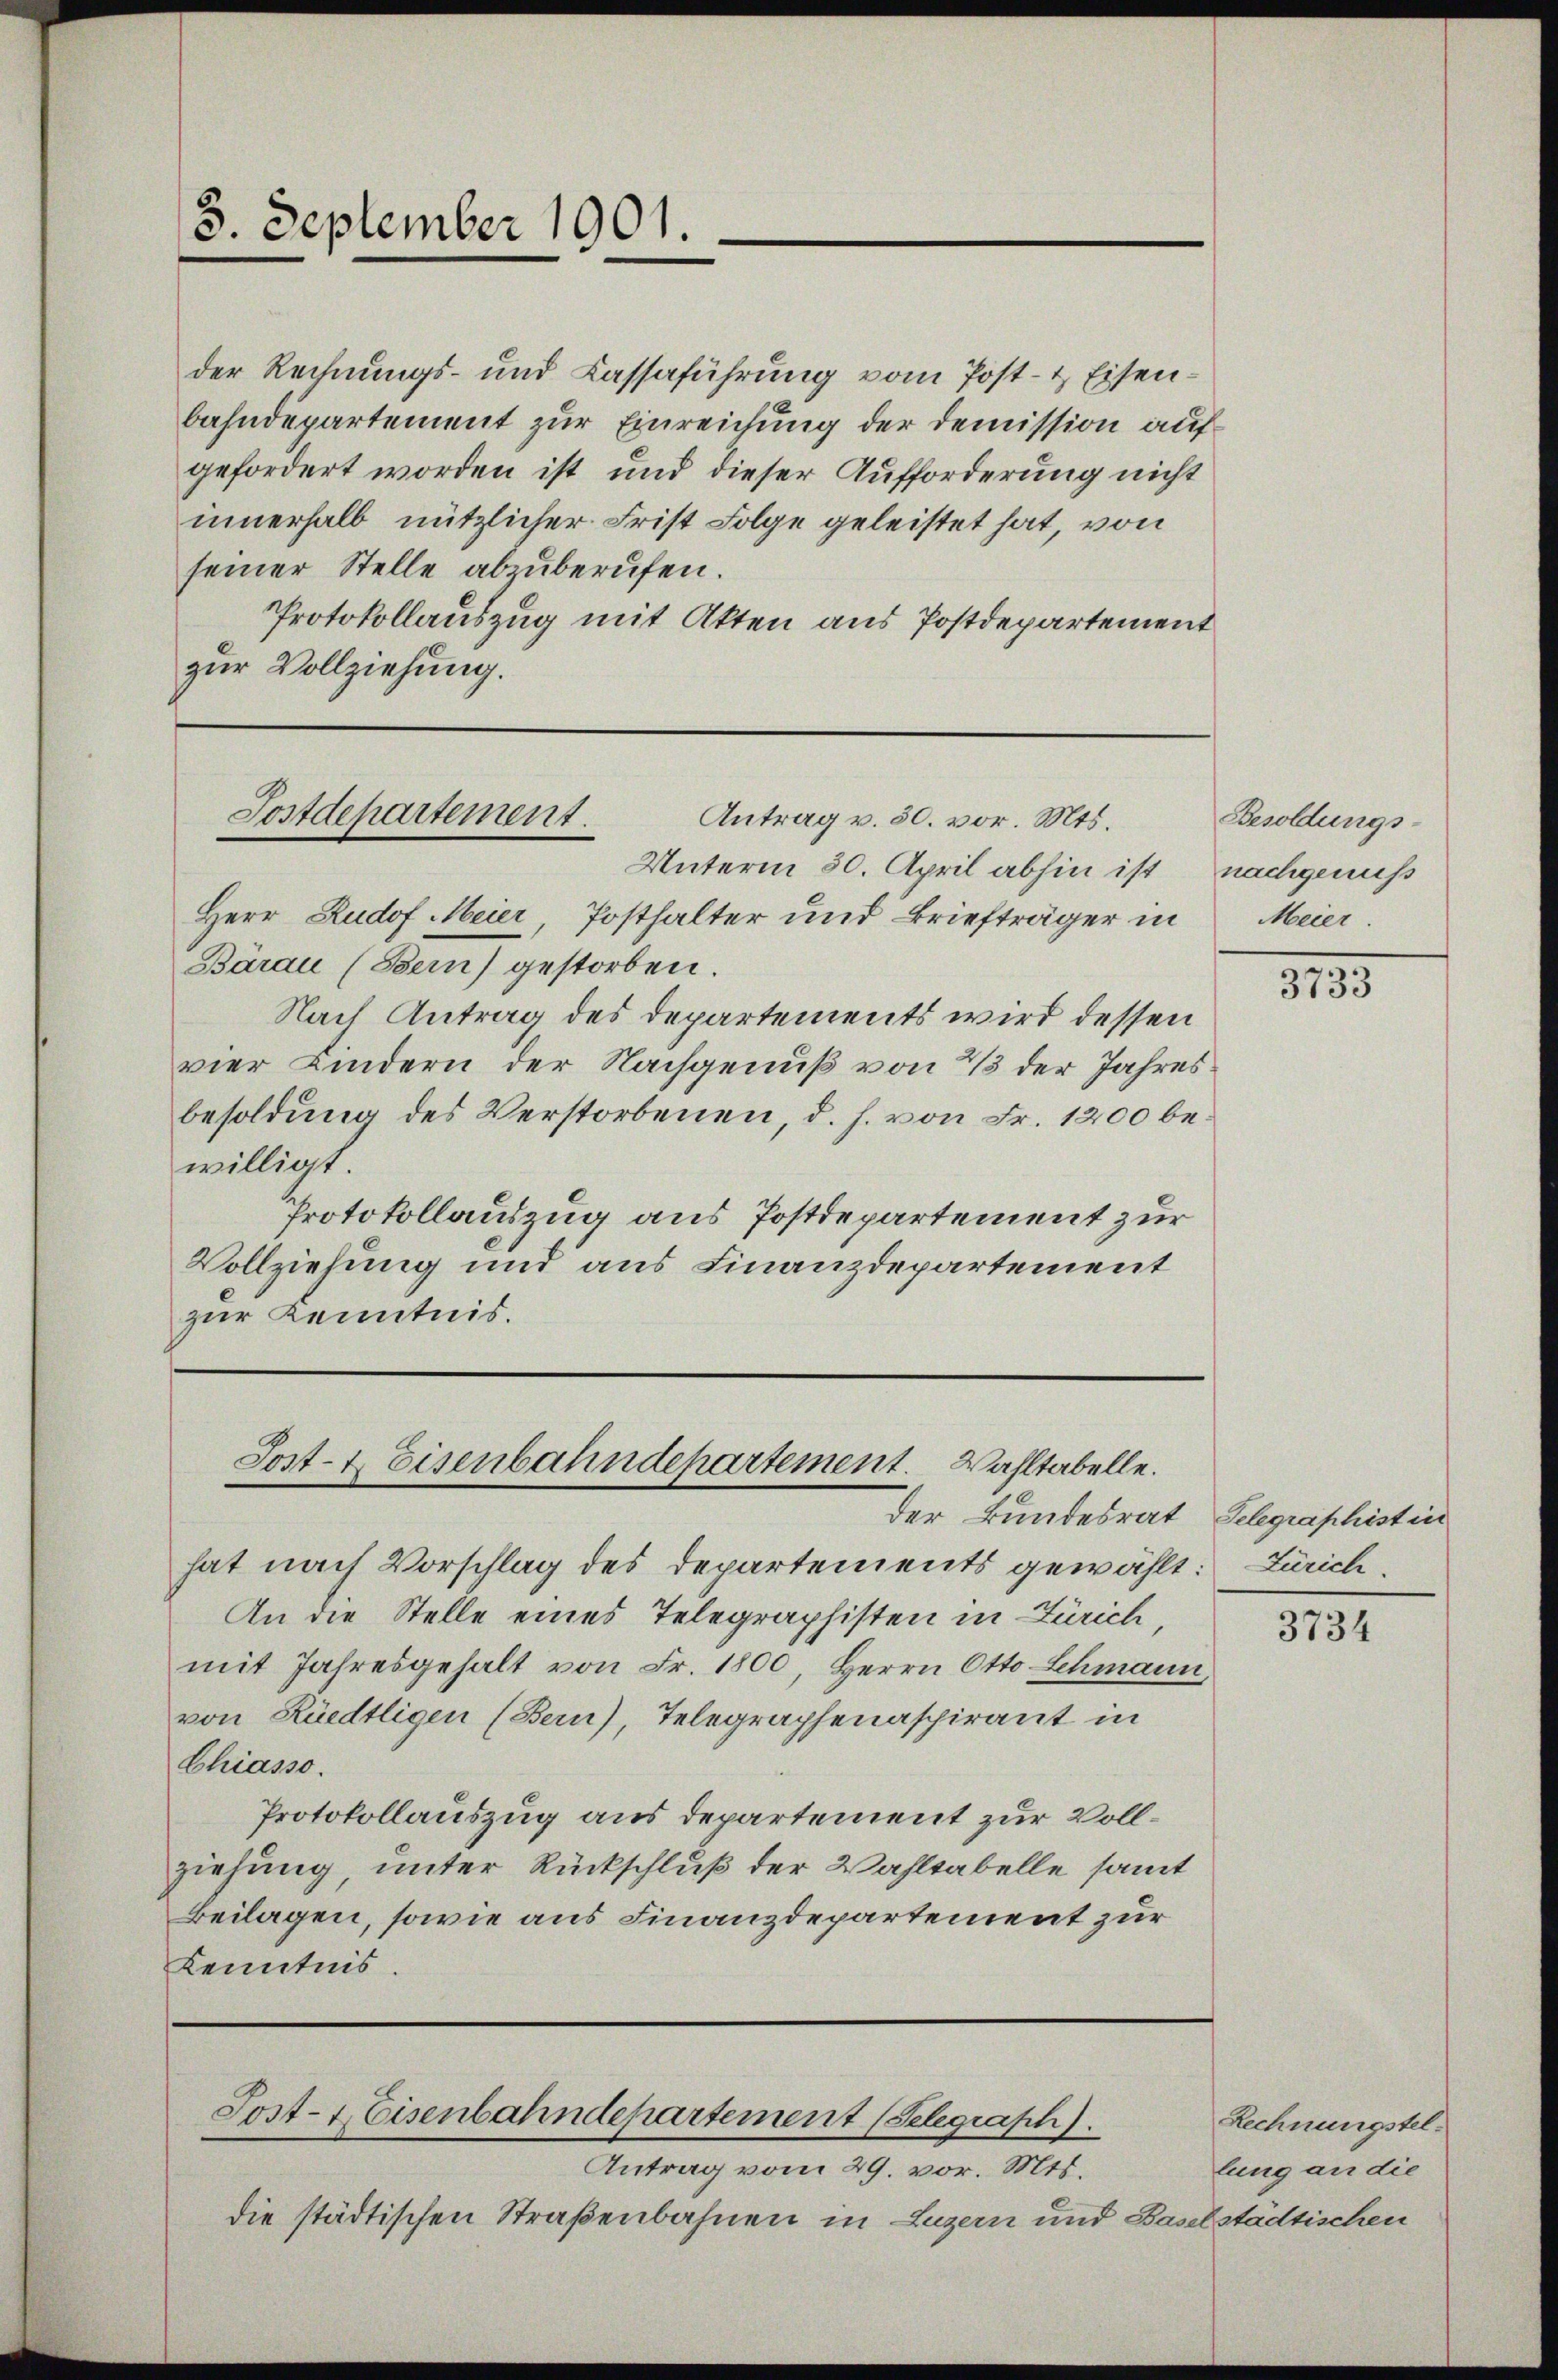
3. September 1901.

der Rechnungs- und Cassaführung vom Post- & Eisenbahndepartement zur Einreichung der Demission aufgefordert worden ist und dieser Aufforderung nicht
innerhalb nützlicher Frist Folge geleistet hat, von
seiner Stelle abzuberufen.
Protokollauszug mit Akten aus Postdepartement
zur Vollziehung.

Sostdepartement.
Antrag v. 30. vor. Mts.

Unterm 30. April abhin ist
Herr Rudof Meier Posthalter und Briefträger in
Bárau (Bern) gestorben.
Nach Antrag des Departements wird dessen
vier Kindern der Nachgenuß von 2/3 der Jahresbesoldung des Verstorbenen, d. h. von Fr. 1200 bewilligt.
Protokollauszug aus Postdepartement zur
Vollziehung und aus Finanzdepartement
zur Kenntnis.

Sost- & Eisenbahndepartement. Wahltabelle.
der Bundesrat

die städtischen Straßenbahnen in Luzern und Baselstädtischen

Sost- & Eisenbahndepartement (Selegraph).
Antrag vom 29. vor. Mts.

hat nach Vorschlag des Departements gewählt:
An die Stelle eines Telegraphisten in Zürich
mit Jahresgehalt von Fr. 1800, Herrn Otto Schmann,
von Rüedtligen (Bern), Telegraphenaschirant in
Chiasso.
Protokollauszug aus departement zur Vollziehung, unter Rückschluß der Wahltabelle samt
Beilagen, sowie aus Finanzdepartement zur
Kenntnis.

Besoldungs-
nachgenuss
Meier.

3195

Telegraphist in
Zürich.

3734

Rechnungstellung an die